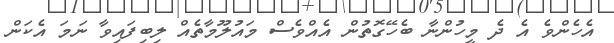
އެހެންވެ އެ ދެ މީހުންނާ ބެހޭގޮތުން އެއްވެސް މައުލޫމާތެއް ލިބިފައިވާ ނަމަ އެކަން